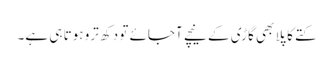
کتے کا پلا بھی گاڑی کے نیچے آجائے تو دکھ ترو ہوتا ہی ہے۔